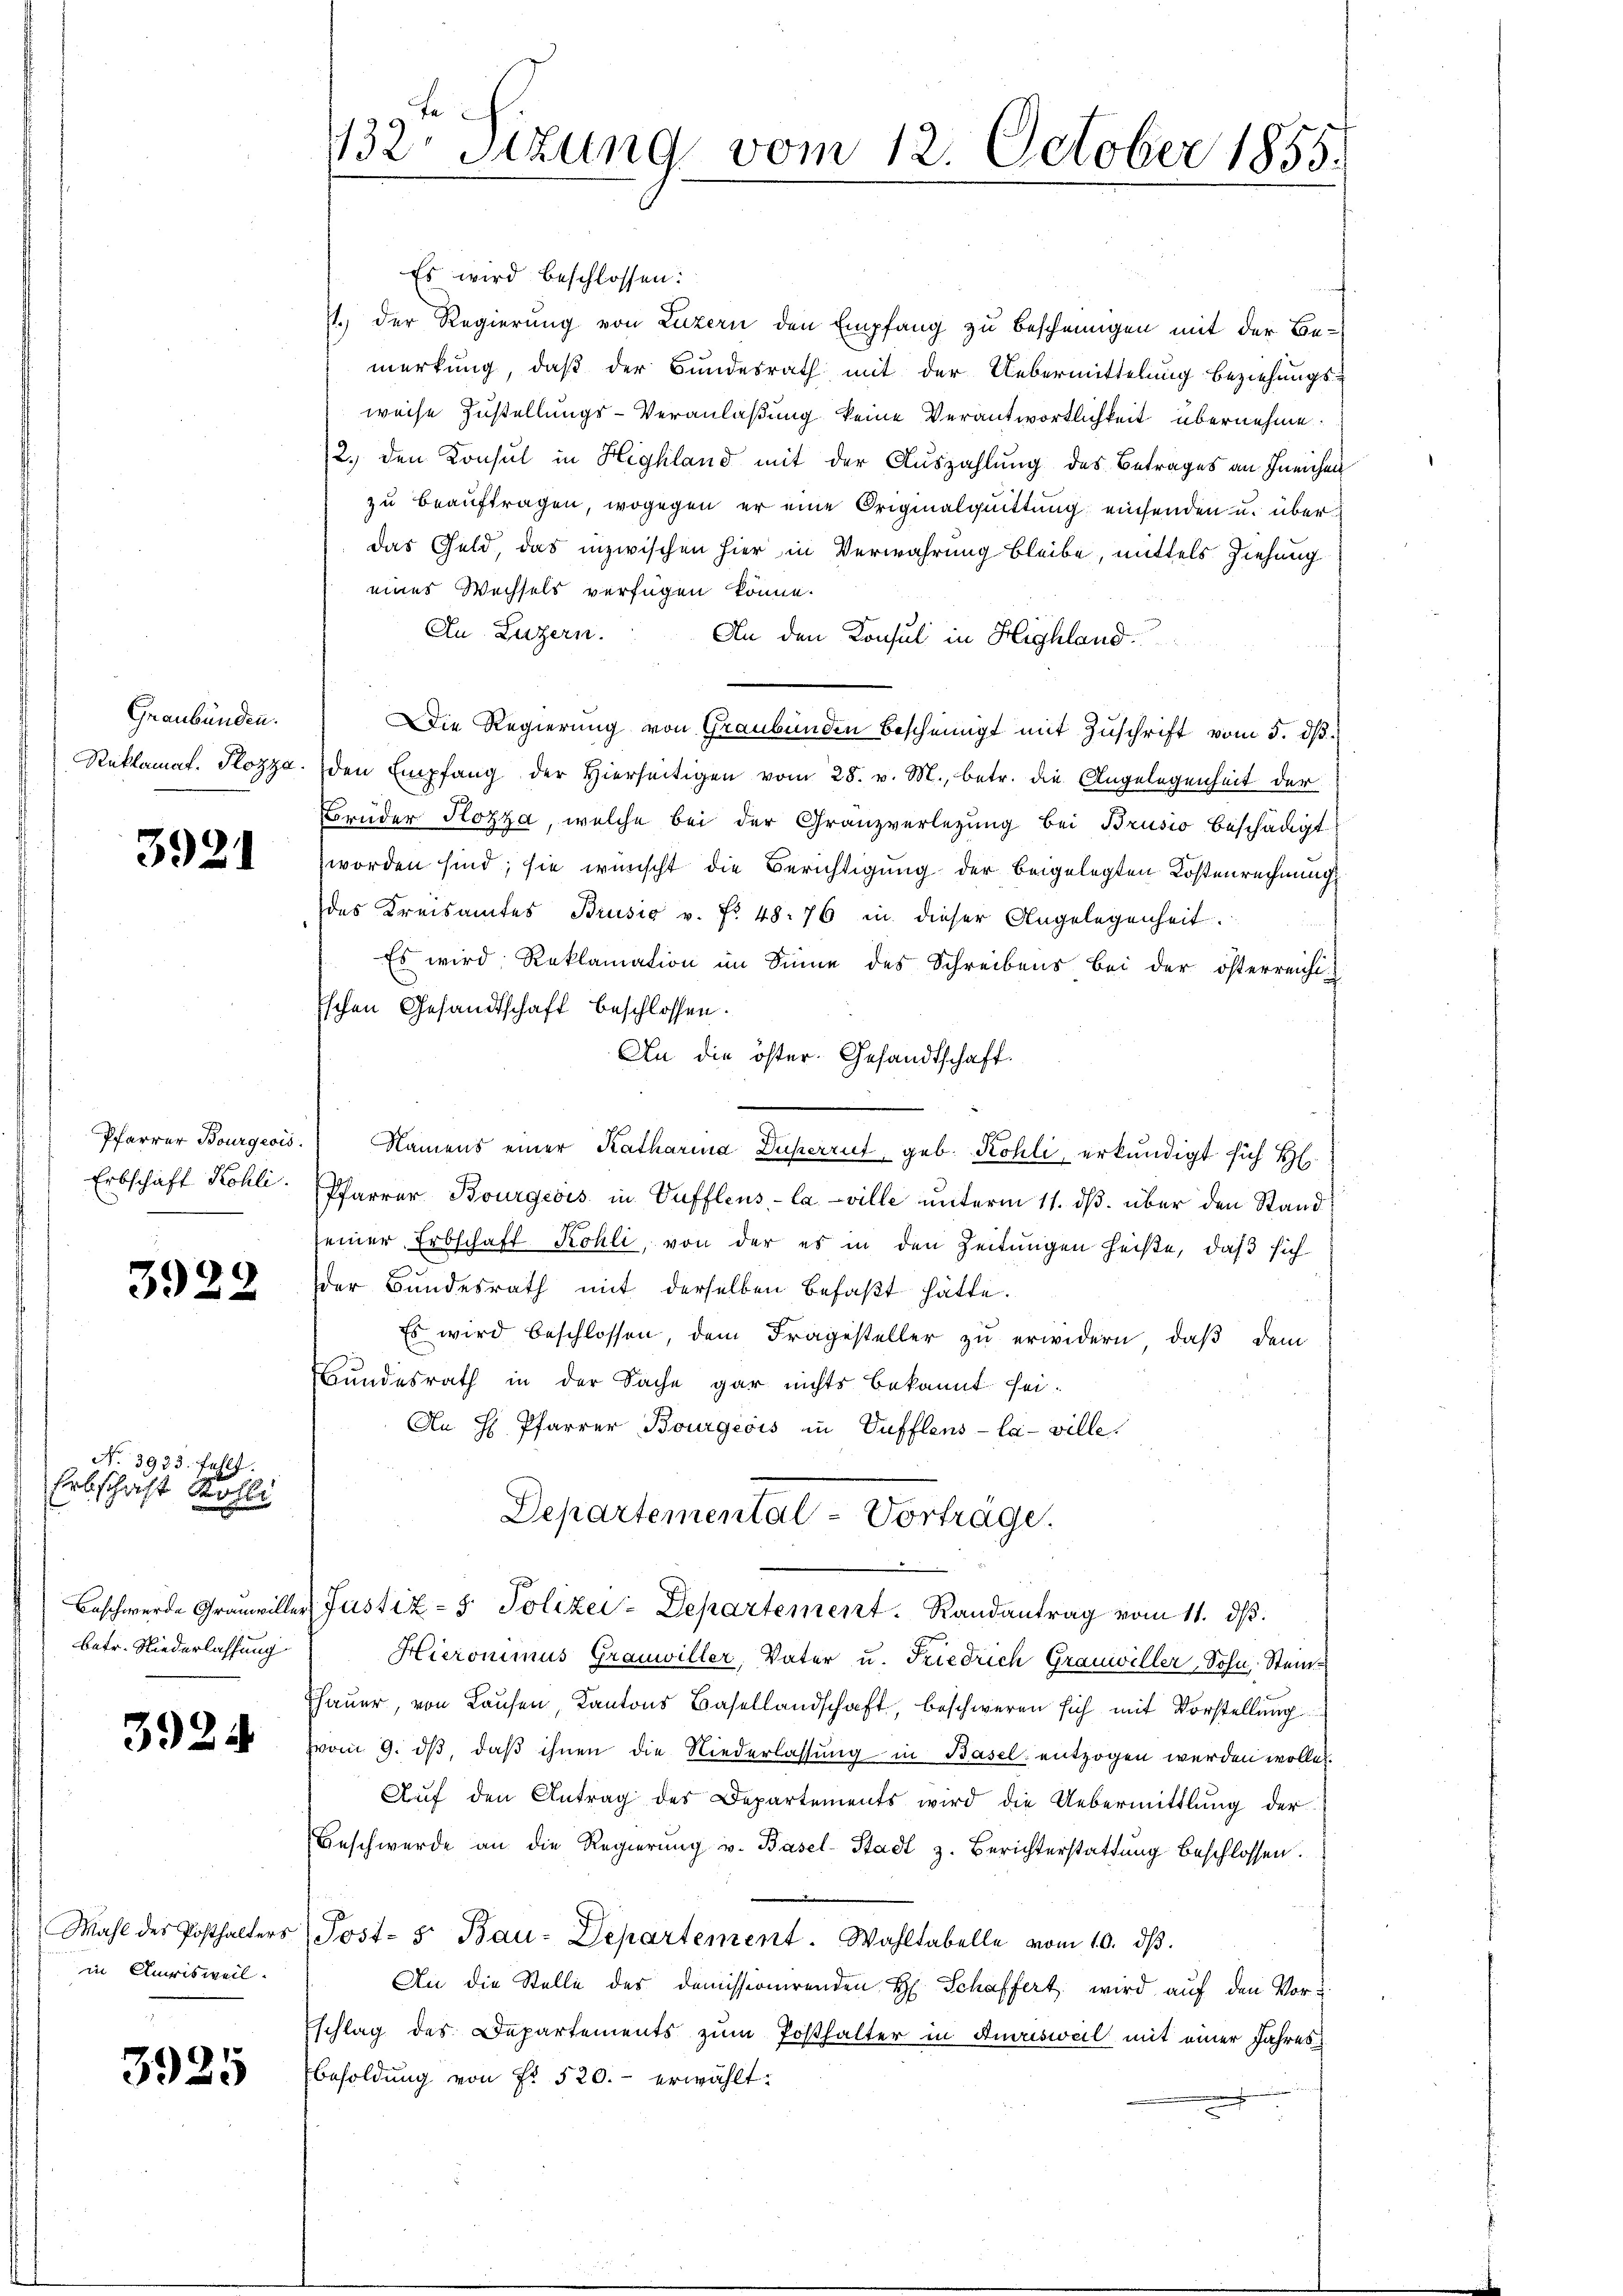
Graubünden.

3921

Erbschaft Kohli.

3922

No. 3923. Fehlt.
Erbschaft Kohli

betr. Niederlassung

3924

Mahl des Posthalters
in Quirisweil.

3925

132. Sitzung vom 12. October 1855.

Es wird beschlossen:
1.) Der Regierung von Luzern den Empfang zu Bescheinigen mit der Bemerkung, daß der Bundesrath mit der Uebermittelung beziehungsweise Zustellungs-Veranlaßung keine Verantwortlichkeit übernehme.
12. den Konsul in Highland mit der Auszahlung des Betrages an Ineichen
zu beauftragen, wogegen er eine Originalquittung einsenden u. überdas Geld, das inzwischen hier in Verwahrung bleibe, mittels Ziehung
eines Wechsels verfügen könne.
Au Luzern.
An den Konsul in Highland.
Die Regierung von Graubünden bescheinigt mit Zŭschrift vom 5. dβ.
Reklamat. Pozza. den Empfang der hierseitigen vom 28. v. M., betr. die Angelegenheit der
Brüder Pozza, welche bei der Granzverlegung bei Brusio beschädigt
worden sind; sie wünscht die Berichtigung der beigelegten Kostenrechnung,
des Kreisamtes Brusio v. Fr. 48. 76 in dieser Angelegenheit.
Es wird, Reklamation im Sinne des Schreibens bei der österreichi
Eschen Gesandtschaft beschlossen.
An die öster. Gesandtschaft.
Pfarrer Bourgeois. Namens einer Katharina Düperrut, geb. Kohli, erkundigt sich H
Pfarrer Bourgeois in Vuffleus-Caville unterm 11. dβ über den Stand
seiner Erbschaft Kohli, von der es in den Zeitungen heißte, daß sich
der Bundesrath mit derselben befaßt hätte.
Es wird beschlossen, dem Fragesteller zu erwidern, daß dem
Bundesrath in der Sache gar nichts bekannt sei.
An H. Pfarrer Bourgeois in Vufflens-La-ville
Departemental-Vortrage.
p
Beschwerde Grauwiller Justiz- & Polizei-Departement. Randantrag vom 11. dβ.
Hieronimus Grauwiller, Vater u. Friedrich Grauwiller, Sohn, Stein¬
Thauer, von Laufen, Kantons Basellandschaft, beschweren sich mit Vorstellung
vom 9. dβ, daß ihnen die Niederlassung in Basel entzogen werden wollen.
Auf den Antrag des Departements wird die Uebermittlung der
Beschwerde an die Regierŭng v. Basel-Stadt z. Berichterstattung beschlossen.
Post- 5. Bau-Departement. Wahltabelle vom 10. dβ.
An die Stelle des domissionirenden H. Schaffert wird auf den Vor¬
Eschlag des Departements zum Posthalter in Ausweil mit einer Jahres¬
Besoldung von Fr. 520.- erwählt.